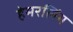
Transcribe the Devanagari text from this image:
हेमरलिंग